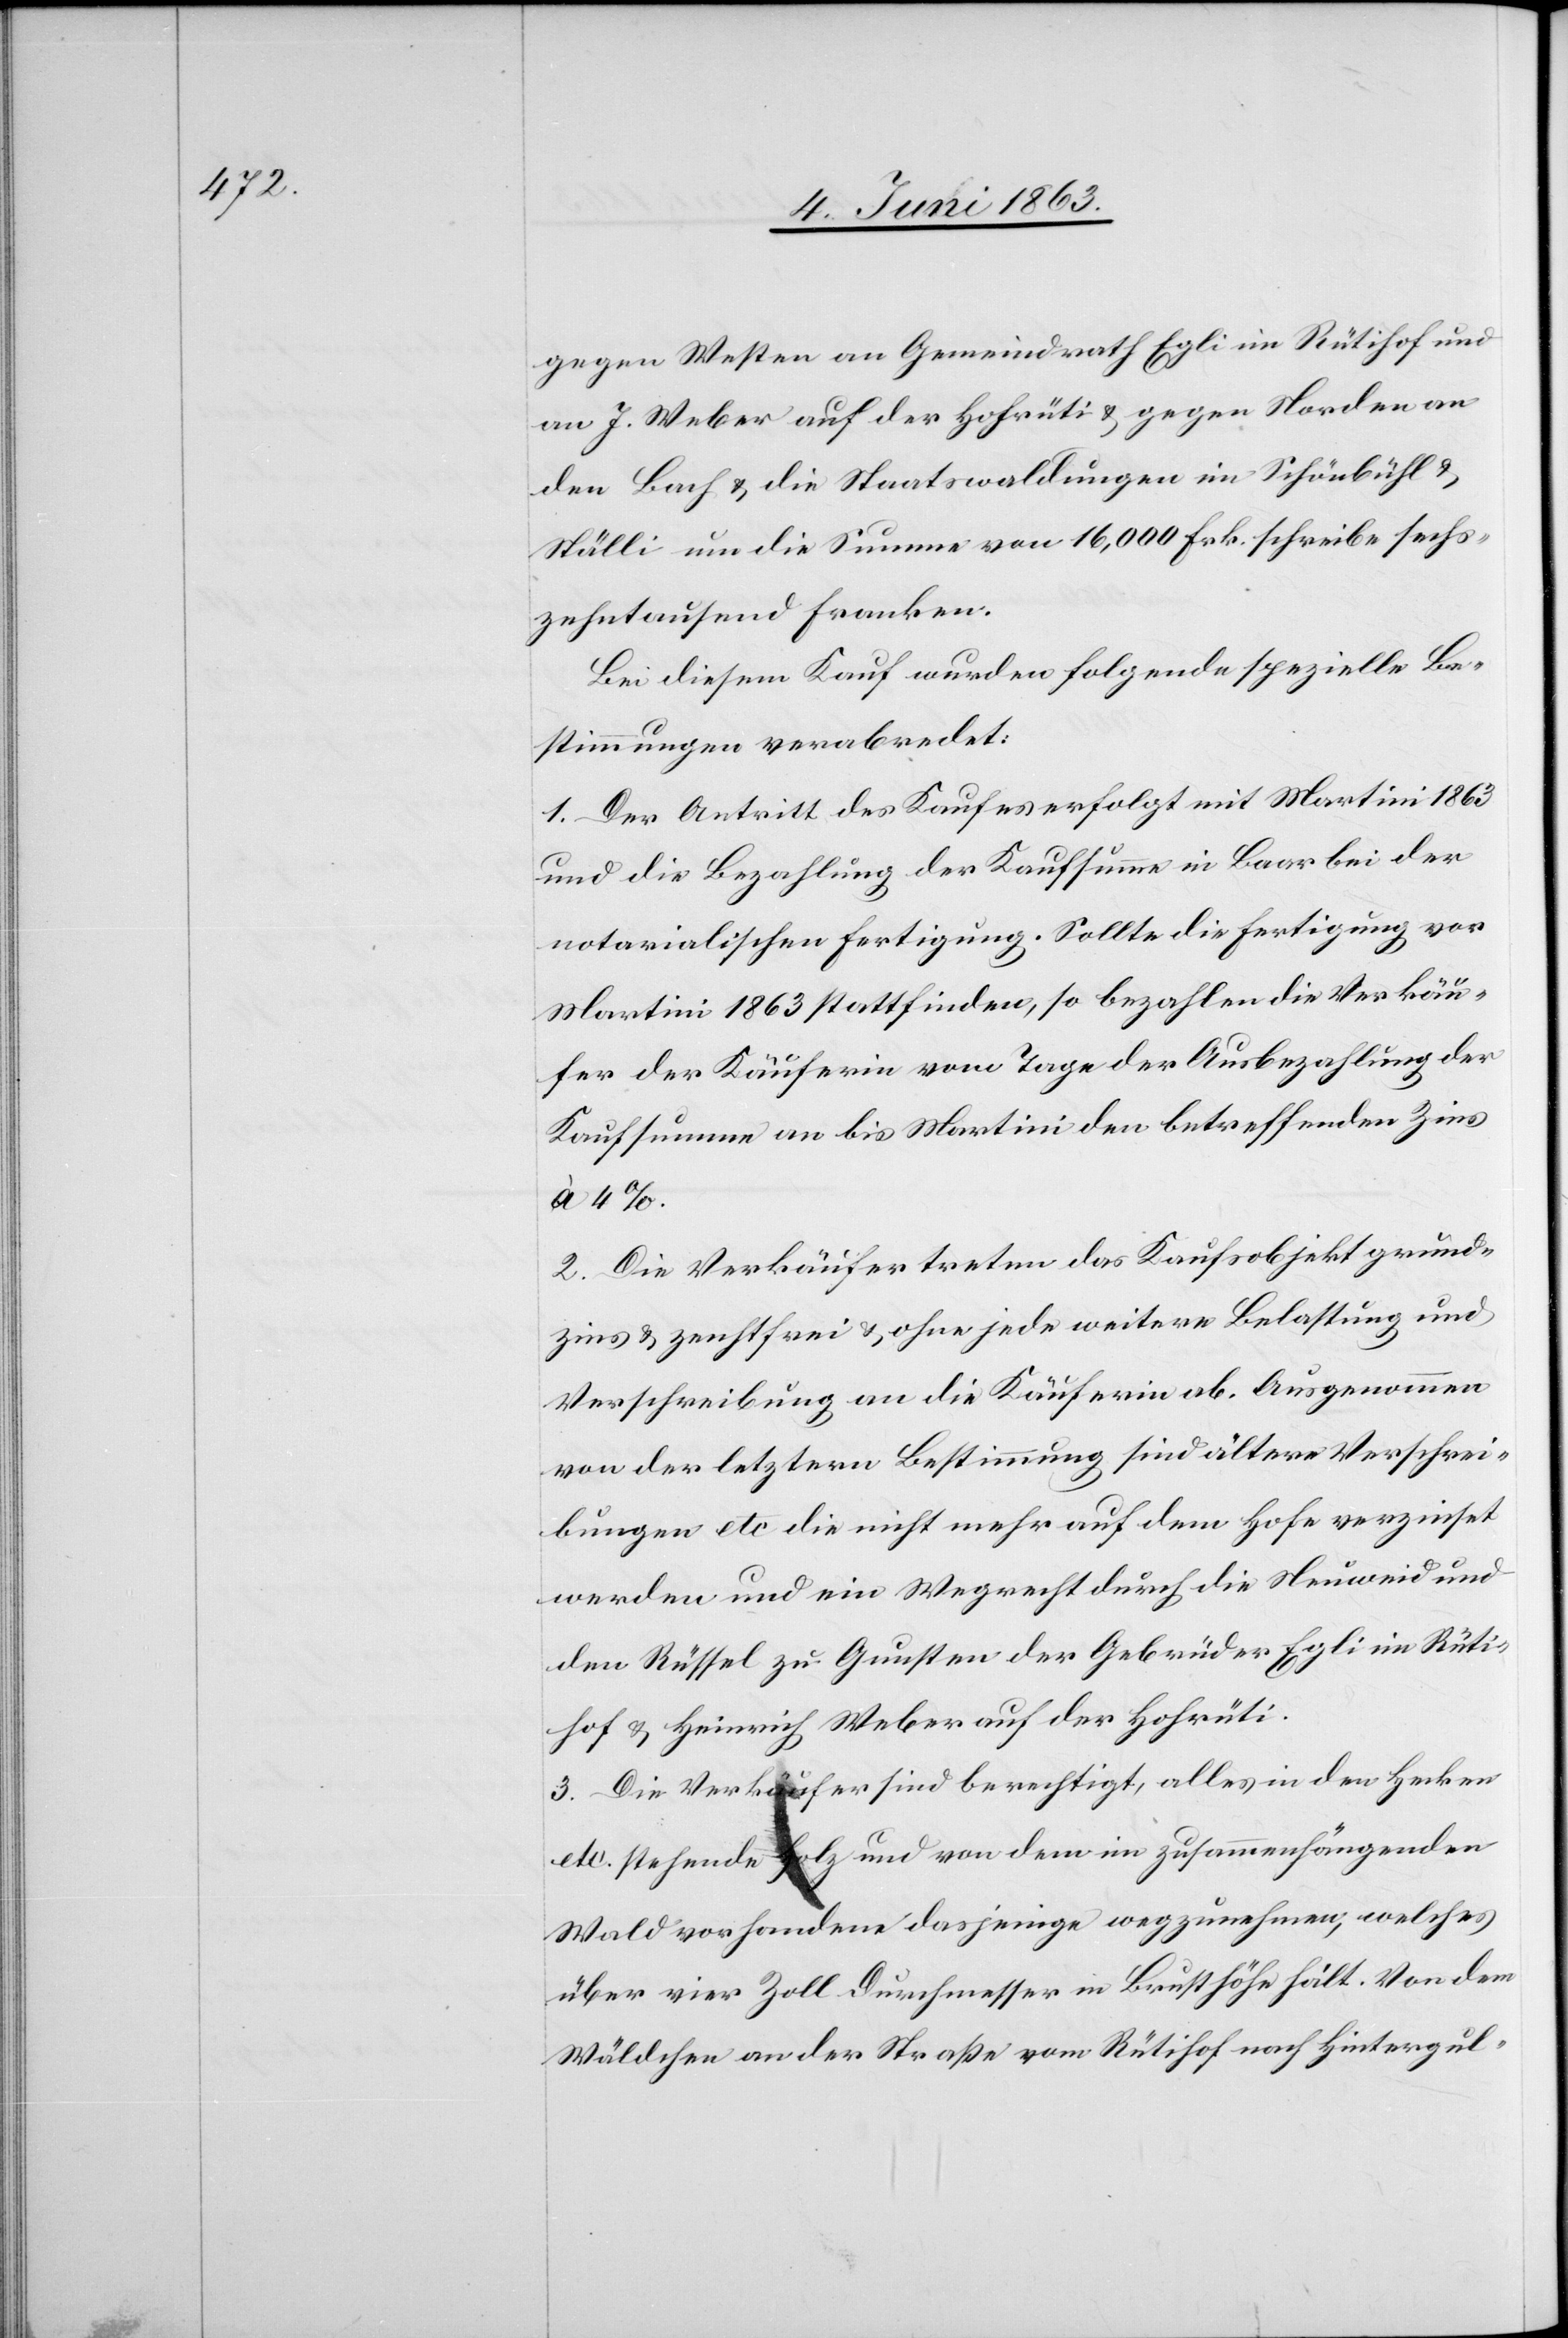
gegen Westen an Gemeindrath Egli im Rütihof und
an J. Weber auf der Hohrüti & gegen Norden an
den Bach & die Staatswaldungen im Schönbühl &
Ställi um die Summe von 16,000 Frk. schreibe sechs¬
zehntausend Franken.
Bei diesem Kauf wurden folgende spezielle Be¬
stimmungen verabredet:
1. Der Antritt des Kaufes erfolgt mit Martini 1863
und die Bezahlung der Kaufsumme in Baar bei der
notarialischen Fertigung. Sollte die Fertigung vor
Martini 1863 stattfinden, so bezahlen die Verkäu¬
fer der Käuferin vom Tage der Ausbezahlung der
Kaufsumme an bis Martini den betreffenden Zins
à 4%.
2. Die Verkäufer treten das Kaufsobjekt grund¬
zins[-] & zenhtfrei [sic!] & ohne jede weitere Belastung und
Verschreibung an die Käuferin ab. Ausgenommen
von der letztern Bestimmung sind ältere Verschrei¬
bungen etc die nicht mehr auf dem Hofe verzinset
werden und ein Wegrecht durch die Neuweid und
den Rüssel zu Gunsten der Gebrüder Egli im Rüti¬
hof & Heinrich Weber auf der Hohrüti.
3. Die Verkäufer sind berechtigt, alles in den Hecken
etc. stehende Holz und von dem im zusammenhängenden
Wald vorhandene dasjenige wegzunehmen, welches
über vier Zoll Durchmesser in Brusthöhe hält. Von dem
Wäldchen an der Straße vom Rütihof nach Hintergul-